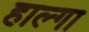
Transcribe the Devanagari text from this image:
हाल्गा